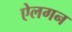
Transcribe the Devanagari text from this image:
ऐलगन